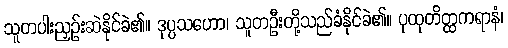
သူတပါးညှဉ်းဆဲနိုင်ခဲ၏။ ဒုပ္ပသဟော၊ သူတဦးတို့သည်ခံနိုင်ခဲ၏။ ပုထုတိတ္ထကရာနံ၊